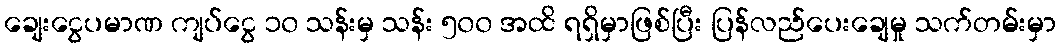
ချေးငွေပမာဏ ကျပ်ငွေ ၁၀ သန်းမှ သန်း ၅၀၀ အထိ ရရှိမှာဖြစ်ပြီး ပြန်လည်ပေးချေမှု သက်တမ်းမှာ